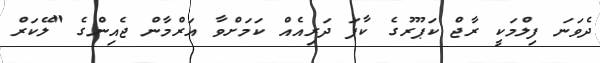
ދެވަނަ ފިލްމަކީ ރާޖް ކަޕޫރުގެ ކާފަ ދަރިއެއް ކަމަށްވާ އަރްމާން ޖެއިންގެ "ލޭކަރް